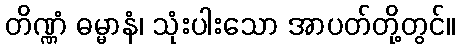
တိဏ္ဏံ ဓမ္မာနံ၊ သုံးပါးသော အာပတ်တို့တွင်။